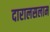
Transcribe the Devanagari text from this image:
दारालसलाम